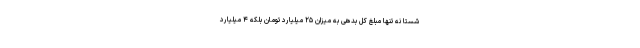
شستا نه تنها مبلغ کل بدهی به میزان ۲۵ میلیارد تومان بلکه ۴ میلیارد